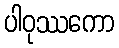
ပါဝုဿကော